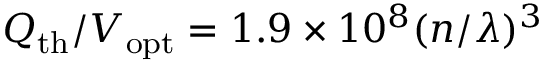
Q _ { \mathrm { t h } } / V _ { \mathrm { o p t } } = 1 . 9 \times 1 0 ^ { 8 } ( n / \lambda ) ^ { 3 }